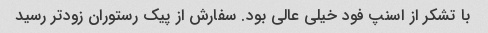
با تشکر از اسنپ فود خیلی عالی بود. سفارش از پیک رستوران زودتر رسید